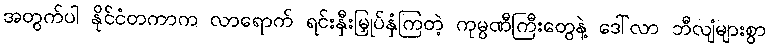
အတွက်ပါ နိုင်ငံတကာက လာရောက် ရင်းနှီးမြှုပ်နှံကြတဲ့ ကုမ္ပဏီကြီးတွေနဲ့ ဒေါ်လာ ဘီလျံများစွာ